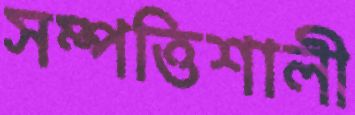
সম্পত্তিশালী